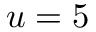
u = 5